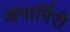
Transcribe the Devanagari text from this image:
अनार्गिरी